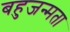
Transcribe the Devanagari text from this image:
बहुजन्मता